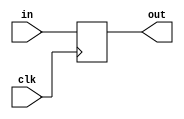
// from slide set 7
module vDFF(clk, in, out);
	parameter n = 1;
	input clk;
	input [n-1:0] in;
	output reg [n-1:0] out;

	always @(posedge clk) begin
		out = in;
	end
endmodule